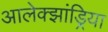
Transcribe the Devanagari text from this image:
आलेक्झांड्रिया